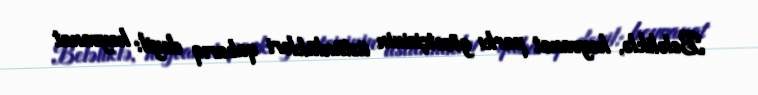
Beləliklə, heyvanat parkı gözətçisinin üstünlükləri qabarıq deyil: heyvanat